Lunatic asylums United Provinces 1909-1921 - 1909-1921
Year: 1909
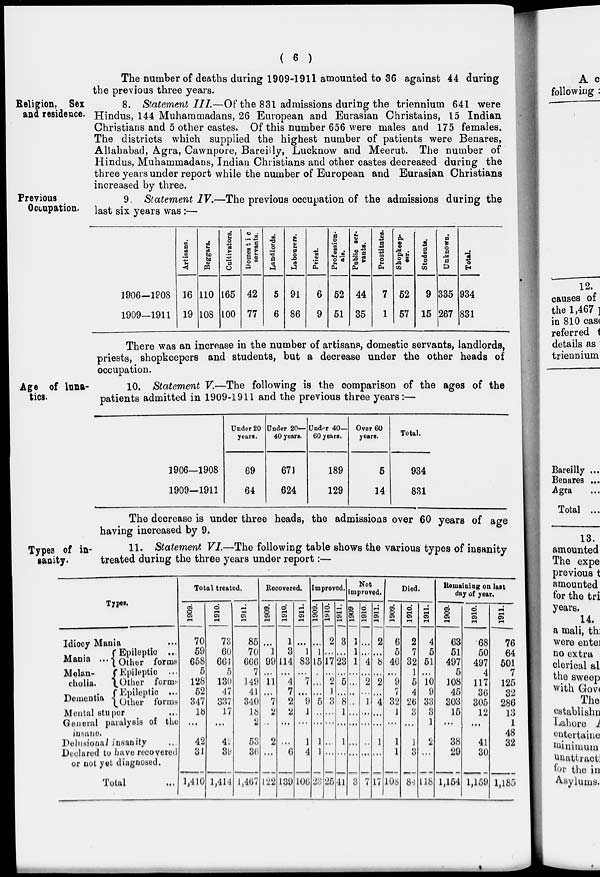
( 6 )
The number of deaths during 1909-1911 amounted to 36 against 44 during
the previous three years.
Religion, Sex
and residence.
8. Statement III.—Of the 831 admissions during the triennium 641 were
Hindus, 144 Muhammadans, 26 European and Eurasian Christains, 15 Indian
Christians and 5 other castes. Of this number 656 were males and 175 females.
The districts which supplied the highest number of patients were Benares,
Allahabad, Agra, Cawnpore, Bareilly, Lucknow and Meerut. The number of
Hindus, Muhammadans, Indian Christians and other castes decreased during the
three years under report while the number of European and Eurasian Christians
increased by three.
Previous
Occupation.
9. Statement IV.—The previous occupation of the admissions during the
last six years was :—
1906-1908
1909—1911
Artisans.
16
19
Beggars.
110
108
Cultivators.
165
100
Domestic
servants.
42
77
Landlords.
5
6
Labourers.
91
86
Priest.
6
9
Profession-
als.
52
51
Public ser-
vants.
44
35
Prostitutes.
7
1
Shopkeep-
ers.
52
57
Students.
9
15
Unknown.
335
267
Total.
934
831
There was an increase in the number of artisans, domestic servants, landlords,
priests, shopkeepers and students, but a decrease under the other heads of
occupation.
Age of luna-
tics.
10. Statement V.—The following is the comparison of the ages of the
patients admitted in 1909-1911 and the previous three years :—
1906—1908
1909—1911
Under 20
years.
69
64
Under 20—
40 years.
671
624
Under 40—
60 years.
189
129
Over 60
years.
5
14
Total.
934
831
The decrease is under three heads, the admissions over 60 years of age
having increased by 9.
Types of in-
sanity.
11. Statement VI.—The following table shows the various types of insanity
treated during the three years under report:—
Types.
Idiocy Mania ...
Mania ...
Melan-
cholia.
Dementia
Epileptic ...
Other forms
Epileptic ...
Other forms
Epileptic ...
Other forms
Mental stupor ...
General paralysis of the
insane.
Delusional insanity ...
Declared to have recovered
or not yet diagnosed.
Total ...
Total treated.
1909.
70
59
658
5
128
52
347
18
...
42
31
1,410
1910.
73
60
664
5
130
47
337
17
...
42
39
1,414
1911.
85
70
666
7
149
41
340
18
2
53
36
1,467
Recovered.
1909.
...
1
99
...
11
... 7
2
...
2
...
122
1910.
1
3
114
...
4
7
2
2
...
...
6
139
1911.
...
1
83
...
7
...
9
1
...
1
4
106
Improved.
1909.
...
1
15
...
...
...
5
...
...
1
1
23
1910.
2
...
17
...
2
1
3
...
...
...
...
25
1911.
3
...
23
...
5
... 8
1
...
1
...
41
Not
improved.
1909
1
1
1
...
...
...
...
...
...
...
...
3
1910.
...
...
4
...
2
...
1
...
...
...
...
7
1911.
2
...
8
...
2
...
4
...
...
1
...
17
Died.
1909.
6
5
46
...
9
7
32
1
...
1
1
108
1910.
2
7
32
1
5
4
26
3
...
1
3
84
1911.
4
5
51
...
10
9
33
3
1
2
...
118
Remaining on last
day of year.
1909.
63
51
497
5
108
45
303
15
...
38
29
1,154
1910.
68
50
497
4
117
36
305
12
...
41
30
1,159
1911.
76
64
501
7
125
32
286
13
1
48
32
1,185